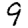
Digit: 9